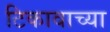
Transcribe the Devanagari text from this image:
टिकावाच्या